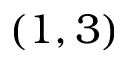
( 1 , 3 )